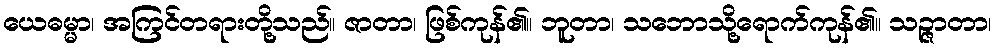
ယေဓမ္မာ၊ အကြင်တရားတို့သည်။ ဇာတာ၊ ဖြစ်ကုန်၏။ ဘူတာ၊ သဘောသို့ရောက်ကုန်၏။ သဉ္ဇာတာ၊